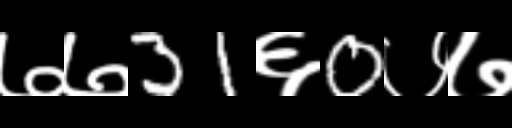
Text: ७७31६0७७